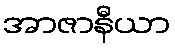
အာဇာနီယာ